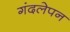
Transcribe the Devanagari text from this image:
गंदलेपन